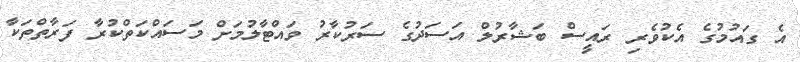
އެ ގައުމުގެ އެކުވެރި ރައީސް ބަޝާރުލް އަސަދުގެ ސަރުކާރު ވައްޓާލުމަށް މަސައްކަތްކުރާ ފަރާތްތަކާ